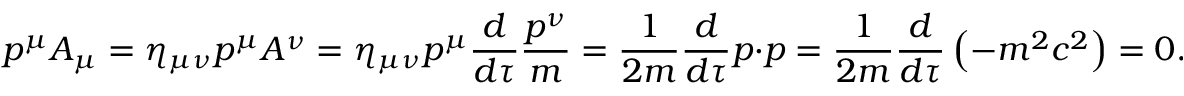
p ^ { \mu } A _ { \mu } = \eta _ { \mu \nu } p ^ { \mu } A ^ { \nu } = \eta _ { \mu \nu } p ^ { \mu } { \frac { d } { d \tau } } { \frac { p ^ { \nu } } { m } } = { \frac { 1 } { 2 m } } { \frac { d } { d \tau } } p \cdot p = { \frac { 1 } { 2 m } } { \frac { d } { d \tau } } \left( - m ^ { 2 } c ^ { 2 } \right) = 0 .